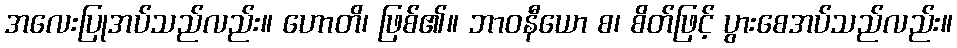
အလေးပြုအပ်သည်လည်း။ ဟောတိ၊ ဖြစ်၏။ ဘာဝနီယော စ၊ စိတ်ဖြင့် ပွားစေအပ်သည်လည်း။